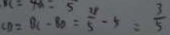
C D = B C - 8 0 = \frac { 3 4 } { 5 } - 5 = \frac { 3 } { 5 }